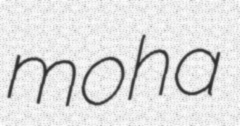
moha